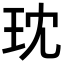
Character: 𪻔